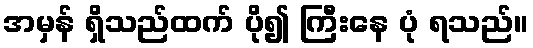
အမှန် ရှိသည်ထက် ပို၍ ကြီးနေ ပုံ ရသည်။